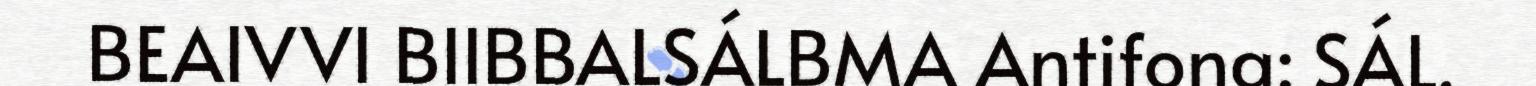
BEAIVVI BIIBBALSÁLBMA Antifona: SÁL.